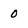
Character: 0